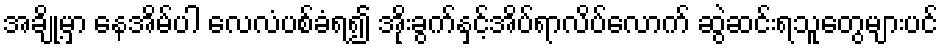
အချို့မှာ နေအိမ်ပါ လေလံပစ်ခံရ၍ အိုးခွက်နှင့်အိပ်ရာလိပ်လောက် ဆွဲဆင်းရသူတွေများပင်